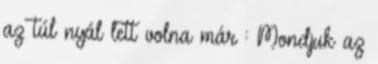
az túl nyál lett volna már : Mondjuk az